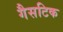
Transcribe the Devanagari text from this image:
गैसटिक